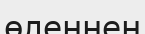
өлеңнен